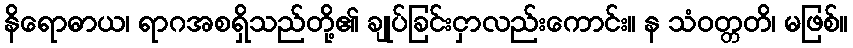
နိရောဓာယ၊ ရာဂအစရှိသည်တို့၏ ချုပ်ခြင်းငှာလည်းကောင်း။ န သံဝတ္တတိ၊ မဖြစ်။